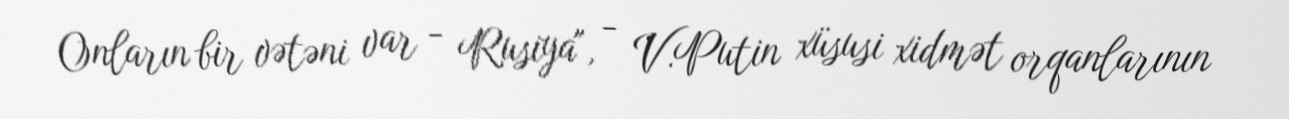
Onların bir vətəni var - Rusiya", - V.Putin xüsusi xidmət orqanlarının